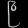
Digit: ၉